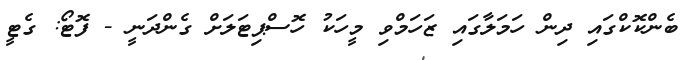
ބެންކޮކްގައި ދިން ހަމަލާގައި ޒަހަމްވި މީހަކު ހޮސްޕިޓަލަށް ގެންދަނީ - ފޮޓޯ: ގެޓީ